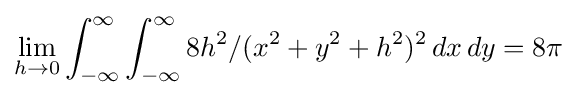
\lim _{h\to 0}\int _{-\infty }^{\infty }\int _{-\infty }^{\infty }8h^{2}/(x^{2}+y^{2}+h^{2})^{2}\,dx\,dy=8\pi